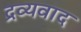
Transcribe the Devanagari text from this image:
द्रव्यवाद